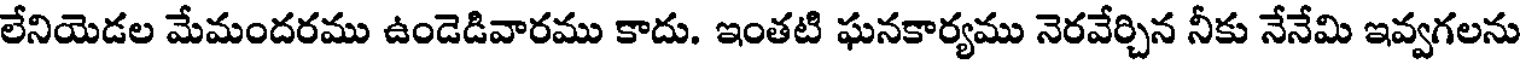
లేనియెడల మేమందరము ఉండెడివారము కాదు. ఇంతటి ఘనకార్యము నెరవేర్చిన నీకు నేనేమి ఇవ్వగలను